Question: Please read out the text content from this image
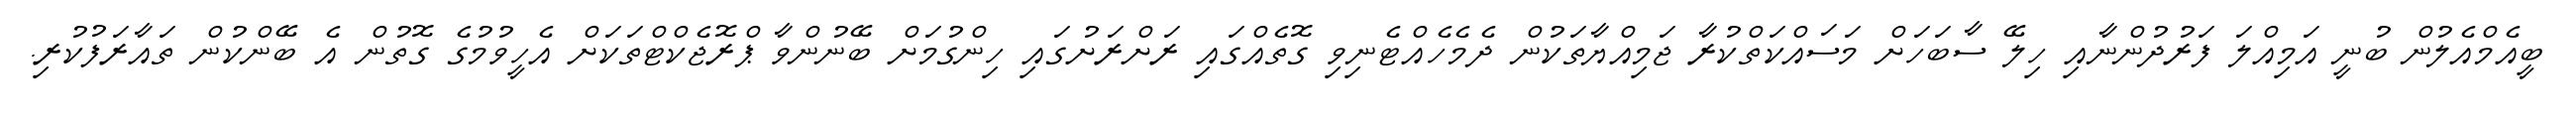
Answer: ބީއެމްއެލުން ބުނީ އަމިއްލަ ފަރުދުންނާއި ހިލޭ ސާބަހަށް މަސައްކަތްކުރާ ޖަމިއްޔާތަކުން ދެމެހެއްޓެނިވި ގޮތެއްގައި ރަށްރަށުގައި ހިންގުމަށް ބޭނުންވާ ޕްރޮޖެކްޓްތަކަށް އެހީވުމުގެ ގޮތުން އެ ބޭންކުން ތައާރަފުކުރި.